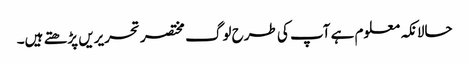
حالانکہ معلوم ہے آپ کی طرح لوگ مختصر تحریریں پڑھتے ہیں۔